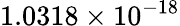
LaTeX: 1.0318\times 10^{-18}